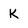
Character: K